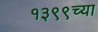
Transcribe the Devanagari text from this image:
१३९९च्या